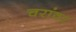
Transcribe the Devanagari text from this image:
चरांवर